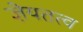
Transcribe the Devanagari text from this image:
ज्ञेयतत्व